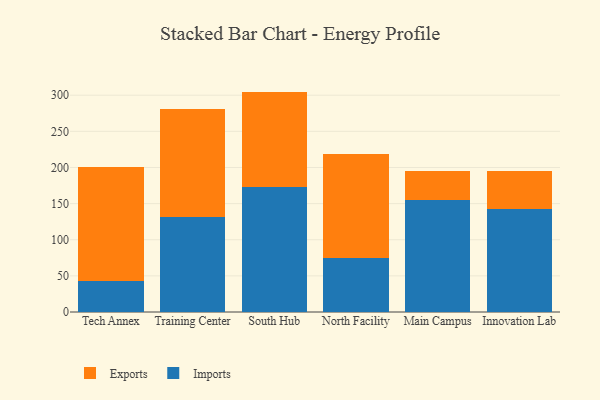
{"axis": {"x": "Campus", "y": "Temperature (°C)"}, "legend": ["Exports", "Imports"], "data": [{"x": "Tech Annex", "y": 42.8, "type": "Imports"}, {"x": "Tech Annex", "y": 158.3, "type": "Exports"}, {"x": "Training Center", "y": 130.8, "type": "Imports"}, {"x": "Training Center", "y": 150.2, "type": "Exports"}, {"x": "South Hub", "y": 173.3, "type": "Imports"}, {"x": "South Hub", "y": 131.7, "type": "Exports"}, {"x": "North Facility", "y": 75.3, "type": "Imports"}, {"x": "North Facility", "y": 143.2, "type": "Exports"}, {"x": "Main Campus", "y": 155.4, "type": "Imports"}, {"x": "Main Campus", "y": 39.9, "type": "Exports"}, {"x": "Innovation Lab", "y": 141.9, "type": "Imports"}, {"x": "Innovation Lab", "y": 53.1, "type": "Exports"}]}